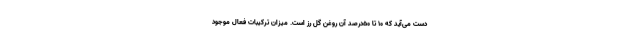
دست می‌آید که ۱۰ تا ۵۰درصد آن روغن گل رز است. میزان ترکیبات فعال موجود